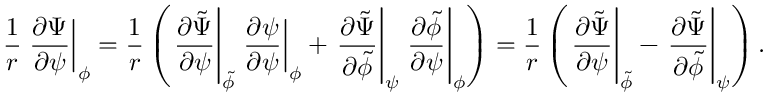
\frac { 1 } { r } \left. \frac { \partial \Psi } { \partial \psi } \right| _ { \phi } = \frac { 1 } { r } \left( \left. \frac { \partial \tilde { \Psi } } { \partial \psi } \right| _ { \tilde { \phi } } \left. \frac { \partial \psi } { \partial \psi } \right| _ { \phi } + \left. \frac { \partial \tilde { \Psi } } { \partial \tilde { \phi } } \right| _ { \psi } \left. \frac { \partial \tilde { \phi } } { \partial \psi } \right| _ { \phi } \right) = \frac { 1 } { r } \left( \left. \frac { \partial \tilde { \Psi } } { \partial \psi } \right| _ { \tilde { \phi } } - \left. \frac { \partial \tilde { \Psi } } { \partial \tilde { \phi } } \right| _ { \psi } \right) .